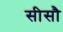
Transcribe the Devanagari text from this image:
सीसौ